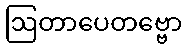
ဩတာပေတဗ္ဗော